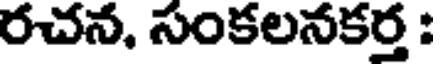
రచన, సంకలనకర్త :